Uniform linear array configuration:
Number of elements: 24
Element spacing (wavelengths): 1
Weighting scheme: cosine
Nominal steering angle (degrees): -30
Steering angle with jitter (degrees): -29.746
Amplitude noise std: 0.05
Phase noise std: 0.05

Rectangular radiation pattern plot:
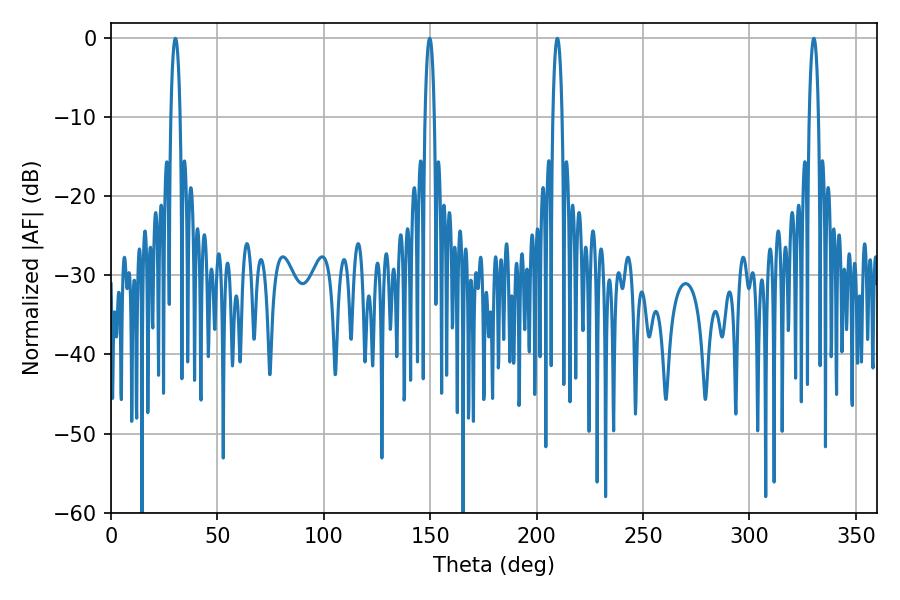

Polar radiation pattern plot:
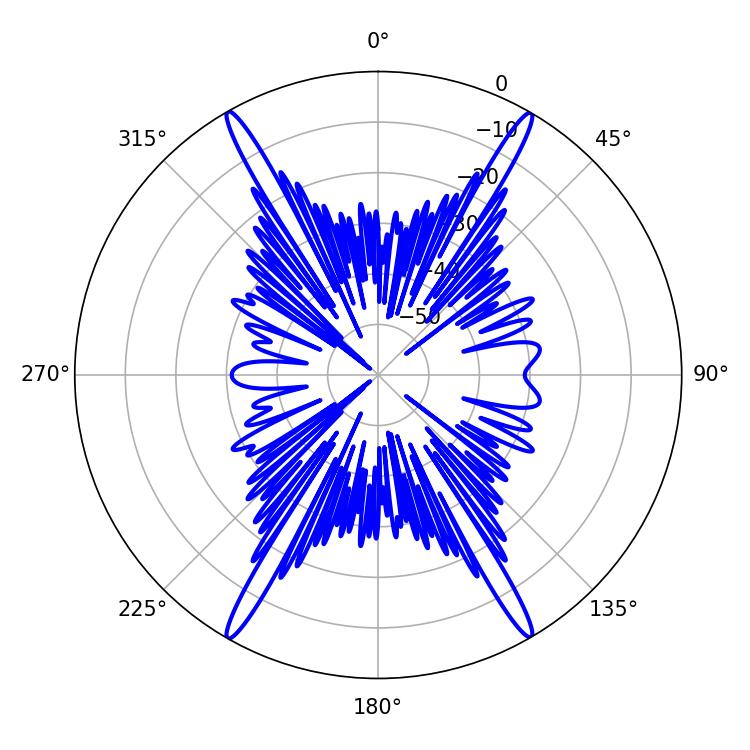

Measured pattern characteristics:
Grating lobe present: TRUE
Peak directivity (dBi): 31.095
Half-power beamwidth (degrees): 2.52
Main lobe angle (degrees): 30.24